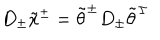
D _ { \pm } \tilde { x } ^ { \pm } = \tilde { \theta } ^ { \pm } D _ { \pm } \tilde { \theta } ^ { \pm }